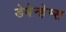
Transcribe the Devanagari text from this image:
डेबेन्हेम्स